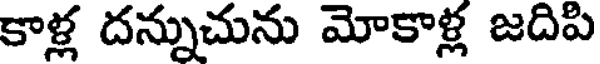
కాళ్ల దన్నుచును మోకాళ్ల జదిపి